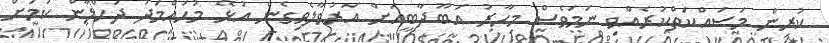
ކުރިން މަސައްކަތްކުރެއްވި ނަމަވެސް މިހާރު އަބޫދާބީއަށް އަރުވާލެވިގެން އުޅޭ މުހައްމަދު ދަހްލާން ކަމަށް